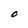
Character: O